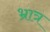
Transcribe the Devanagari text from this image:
भ्रात्र